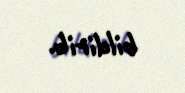
bildirib.